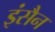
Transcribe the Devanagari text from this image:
इंसैन